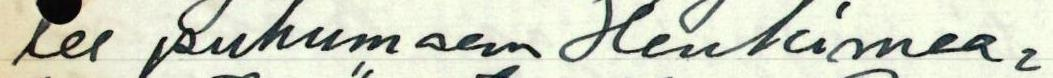
lee puhumaan Henkimaa=